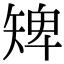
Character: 𥏠